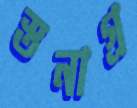
স্তনাগ্র